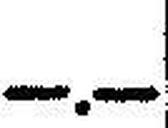
—.—